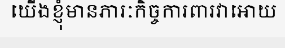
យើងខ្ញុំមានភារៈកិច្ចការពារវាអោយ